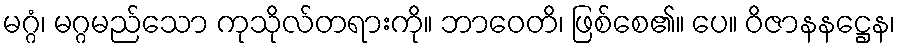
မဂ္ဂံ၊ မဂ္ဂမည်သော ကုသိုလ်တရားကို။ ဘာဝေတိ၊ ဖြစ်စေ၏။ ပေ။ ဝိဇာနနဋ္ဌေန၊